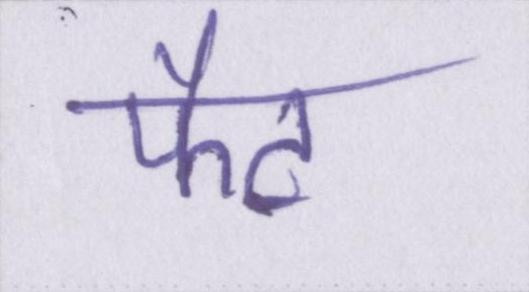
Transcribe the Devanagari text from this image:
फैट